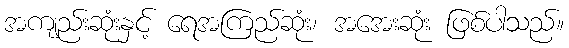
အကျည်းဆုံးနှင့် ရေအကြည်ဆုံး၊ အအေးဆုံး ဖြစ်ပါသည်။